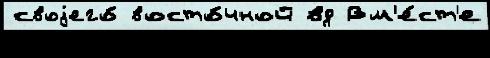
своjего́ восто́чной вд Вм'е́ст'е